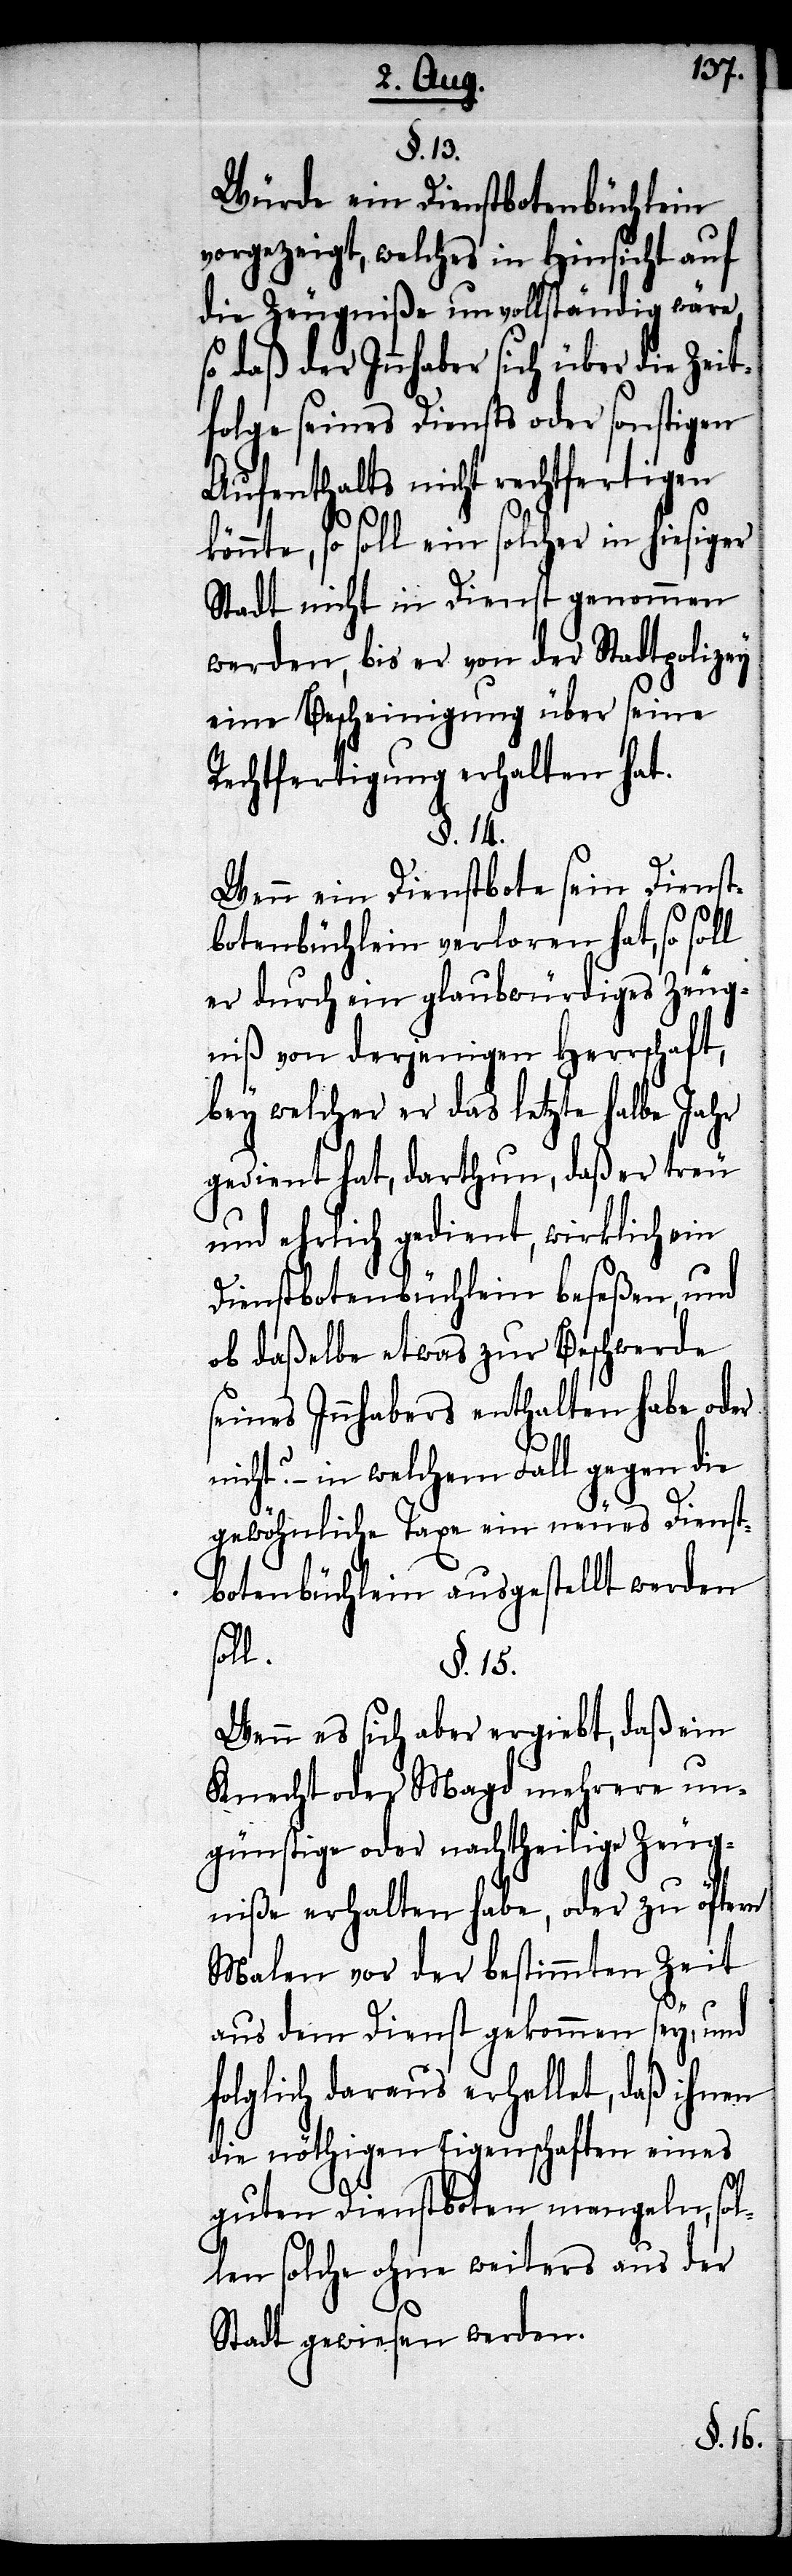
§. 13.
Würde ein Dienstbotenbüchlein
vorgezeigt, welches in Hinsicht auf
die Zeugniße unvollständig wäre,
so daß der Innhaber sich über die Zeit¬
folge seines Diensts oder sonstigen
Aufenthalts nicht rechtfertigen
nte, so soll ein solcher in hiesiger
Stadt nicht in Dienst genommen
werden, bis er von der Stadtpolizey
eine Bescheinigung über seine
Rechtfertigung erhalten hat.
§. 14.
Wenn ein Dienstbote sein Dienst¬
botenbüchlein verloren hat, so soll
er durch ein glaubwürdiges Zeug¬
niß von derjenigen Herrschaft,
bey welcher er das letzte halbe Jahr
gedient hat, darthun, daß er treu
und ehrlich gedient, wirklich ein
Dienstbotenbüchlein beseßen, und
ob daßelbe etwas zur Beschwerde
seines Innhabers enthalten habe
nicht? – in welchem Fall gegen die
gewöhnliche Taxe ein neues Dienst¬
botenbüchlein ausgestellt werden
soll.
§. 15.
Wenn es sich aber ergiebt, daß ein
Knecht oder Magd mehrere un¬
günstige oder nachtheilige Zeug¬
niße erhalten habe, oder zu öftern
Malen vor der bestimmten Zeit
aus dem Dienst gekommen sey, und
folglich daraus erhellet, daß ihnen
die nöthigen Eigenschaften eines
guten Dienstboten mangeln, sol¬
len solche ohne weiters aus der
Stadt gewiesen werden.